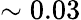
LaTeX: \sim 0.03